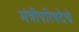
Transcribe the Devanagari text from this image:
मंत्रीपरिषदेचे